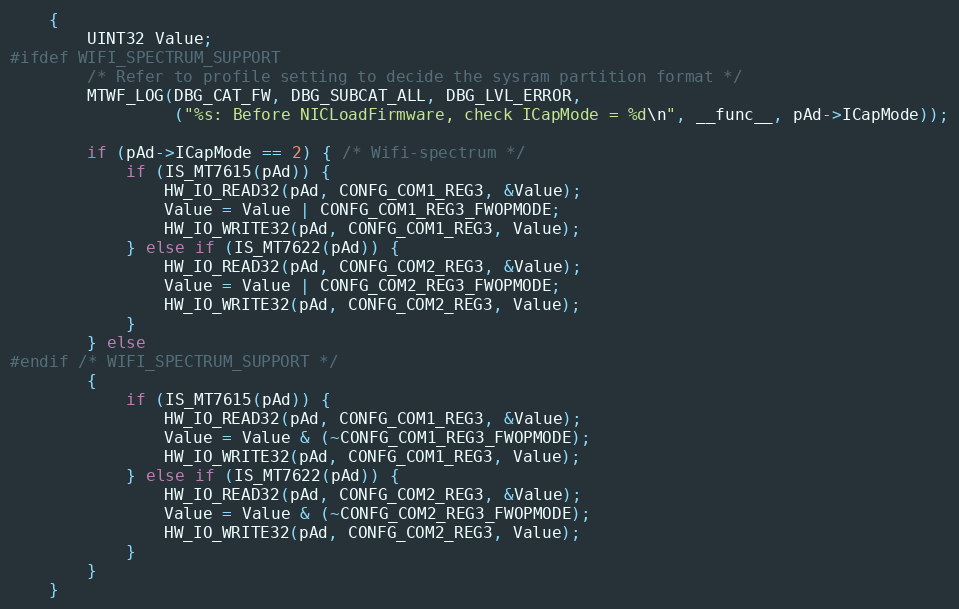
Language: C
	{
		UINT32 Value;
#ifdef WIFI_SPECTRUM_SUPPORT
		/* Refer to profile setting to decide the sysram partition format */
		MTWF_LOG(DBG_CAT_FW, DBG_SUBCAT_ALL, DBG_LVL_ERROR,
				 ("%s: Before NICLoadFirmware, check ICapMode = %d\n", __func__, pAd->ICapMode));

		if (pAd->ICapMode == 2) { /* Wifi-spectrum */
			if (IS_MT7615(pAd)) {
				HW_IO_READ32(pAd, CONFG_COM1_REG3, &Value);
				Value = Value | CONFG_COM1_REG3_FWOPMODE;
				HW_IO_WRITE32(pAd, CONFG_COM1_REG3, Value);
			} else if (IS_MT7622(pAd)) {
				HW_IO_READ32(pAd, CONFG_COM2_REG3, &Value);
				Value = Value | CONFG_COM2_REG3_FWOPMODE;
				HW_IO_WRITE32(pAd, CONFG_COM2_REG3, Value);
			}
		} else
#endif /* WIFI_SPECTRUM_SUPPORT */
		{
			if (IS_MT7615(pAd)) {
				HW_IO_READ32(pAd, CONFG_COM1_REG3, &Value);
				Value = Value & (~CONFG_COM1_REG3_FWOPMODE);
				HW_IO_WRITE32(pAd, CONFG_COM1_REG3, Value);
			} else if (IS_MT7622(pAd)) {
				HW_IO_READ32(pAd, CONFG_COM2_REG3, &Value);
				Value = Value & (~CONFG_COM2_REG3_FWOPMODE);
				HW_IO_WRITE32(pAd, CONFG_COM2_REG3, Value);
			}
		}
	}